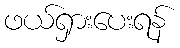
ဖယ်ရှားပေးရန်